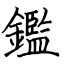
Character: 鑑